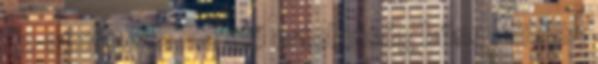
Ez a hiátus a ma élő értelmiség bűne Minden